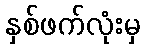
နှစ်ဖက်လုံးမှ